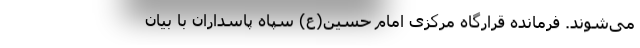
می‌شوند. فرمانده قرارگاه مرکزی امام حسین(ع) سپاه پاسداران با بیان